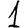
Digit: 1